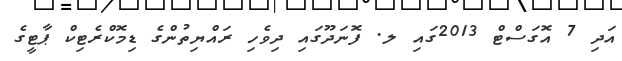
އަދި 7 އޮގަސްޓް 2013ގައި ލ. ފޮނަދޫގައި ދިވެހި ރައްޔިތުންގެ ޑިމޮކްރެޓިކް ޕާޓީގެ